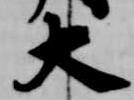
大